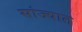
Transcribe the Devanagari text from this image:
सांज्यात